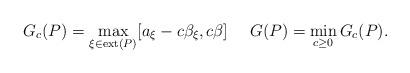
LaTeX: \begin{align*} G_c(P)=\max_{\xi\in\mathrm{ext}(P)}[a_{\xi}-c\beta_{\xi},c\beta] \ \ \ \ G(P)=\min_{c\geq 0}G_c(P).\end{align*}